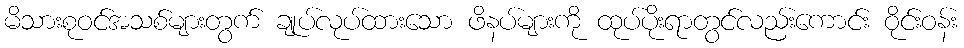
မိသားစုဝင်အသစ်များတွက် ချုပ်လုပ်ထားသော ဖိနပ်များကို ထုပ်ပိုးရာတွင်လည်းကောင်း ဝိုင်းဝန်း